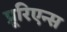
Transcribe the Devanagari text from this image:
प्रूरिएन्स